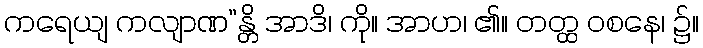
ကရေယျ ကလျာဏ”န္တိ အာဒိ၊ ကို။ အာဟ၊ ၏။ တတ္ထ ဝစနေ၊ ၌။